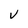
Character: V